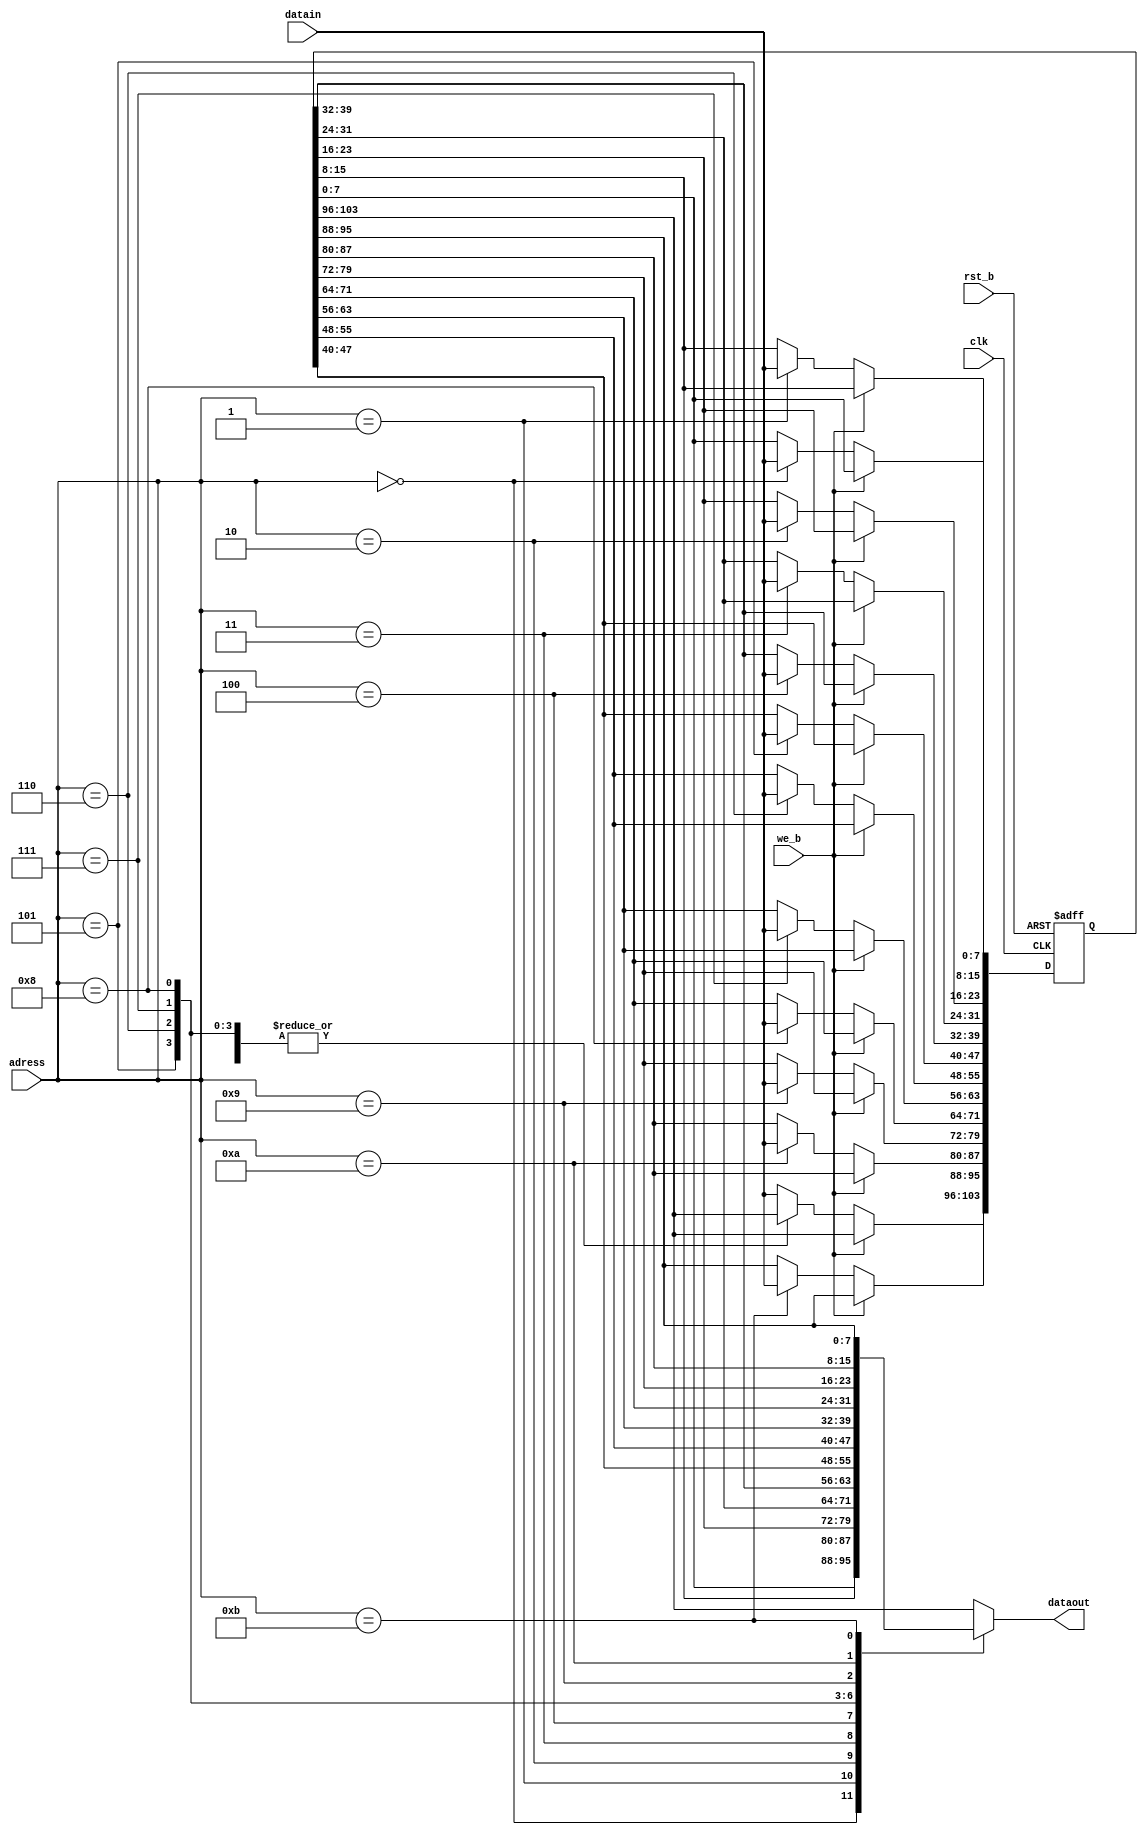
//+ ---------------------------------------------------------------------
//+
//+ Copyright (c) 1999-2003 FhG IPMS (Fraunhofer Institute of Photonic
//+ Microsystems, Dresden, Germany)
//+
//+ Please review the terms of the license agreement before using this
//+ file.  If you are not an authorized user, please destroy this source
//+ file and notify FhG IPMS immediately that you inadvertently 
//+ received an unauthorized copy.
//+ ---------------------------------------------------------------------
//+
//+  Project       : Basic CAN
//+
//+  File          : buf_13x8.v
//+  Dependencies  : none
//+
//+  Model Type:   : Synthesizable core
//+
//+  Description   : CAN Controller Modules (Basic CAN version)
//+
//+  Designer      : BS
//+
//+  QA Engineer   : NA
//+
//+  Creation Date : 30-Oct-2002
//+
//+  Last Update   : 10-Jan-2007
//+
//+  Version       : 2V18N00S00
//+ ---------------------------------------------------------------------
//+
//+ $Id: buf_13x8.v,v 1.3.2.6 2007/01/22 13:54:01 schneide Exp $
`timescale 1ns/10ps
module buf_13x8
  (
  dataout,
  we_b,
  datain,
  adress,
  clk,
  rst_b
  ) ;
input we_b;
input[7:0] datain;
input[3:0] adress;
input clk;	
input rst_b;	
output[7:0] dataout;
reg[7:0] dataout;
reg[103:0] ff_buf;
always @(negedge rst_b or posedge clk)
  if(rst_b==1'b0)
    ff_buf<=104'hffffffffffffffffffffffffff;
  else
    begin
      if(we_b==1'b0)
        case(adress)
	           4'b0000: ff_buf[7:0]<=datain;   
	           4'b0001: ff_buf[15:8]<=datain;  
	           4'b0010: ff_buf[23:16]<=datain; 
	           4'b0011: ff_buf[31:24]<=datain; 
	           4'b0100: ff_buf[39:32]<=datain; 
	           4'b0101: ff_buf[47:40]<=datain; 
	           4'b0110: ff_buf[55:48]<=datain; 
	           4'b0111: ff_buf[63:56]<=datain;
	           4'b1000: ff_buf[71:64]<=datain;
	           4'b1001: ff_buf[79:72]<=datain;
	           4'b1010: ff_buf[87:80]<=datain;
	           4'b1011: ff_buf[95:88]<=datain;
      	     default : ff_buf[103:96] <= datain;
        endcase
      else;
    end
always @(adress or ff_buf)
	   begin 
		case(adress)
		   4'b0000:  dataout[7:0]=ff_buf[7:0];	
		   4'b0001:  dataout[7:0]=ff_buf[15:8];	
		   4'b0010:  dataout[7:0]=ff_buf[23:16];	
		   4'b0011:  dataout[7:0]=ff_buf[31:24];	
		   4'b0100:  dataout[7:0]=ff_buf[39:32];	
		   4'b0101:  dataout[7:0]=ff_buf[47:40];	
		   4'b0110:  dataout[7:0]=ff_buf[55:48];	
		   4'b0111:  dataout[7:0]=ff_buf[63:56];
		   4'b1000:  dataout[7:0]=ff_buf[71:64];
		   4'b1001:  dataout[7:0]=ff_buf[79:72];
		   4'b1010:  dataout[7:0]=ff_buf[87:80];
		   4'b1011:  dataout[7:0]=ff_buf[95:88];
		   default:  dataout[7:0]=ff_buf[103:96];
		endcase
	   end
endmodule